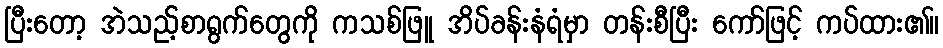
ပြီးတော့ အဲသည့်စာရွက်တွေကို ကသစ်ဖြူ အိပ်ခန်းနံရံမှာ တန်းစီပြီး ကော်ဖြင့် ကပ်ထား၏။